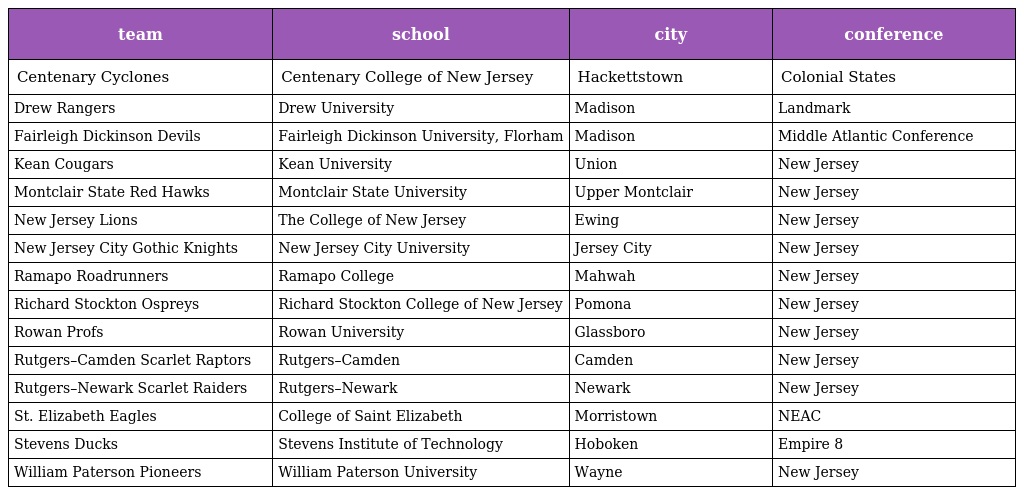
| team | school | city | conference |
 | --- | --- | --- | --- |
 | Centenary Cyclones | Centenary College of New Jersey | Hackettstown | Colonial States |
 | Drew Rangers | Drew University | Madison | Landmark |
 | Fairleigh Dickinson Devils | Fairleigh Dickinson University, Florham | Madison | Middle Atlantic Conference |
 | Kean Cougars | Kean University | Union | New Jersey |
 | Montclair State Red Hawks | Montclair State University | Upper Montclair | New Jersey |
 | New Jersey Lions | The College of New Jersey | Ewing | New Jersey |
 | New Jersey City Gothic Knights | New Jersey City University | Jersey City | New Jersey |
 | Ramapo Roadrunners | Ramapo College | Mahwah | New Jersey |
 | Richard Stockton Ospreys | Richard Stockton College of New Jersey | Pomona | New Jersey |
 | Rowan Profs | Rowan University | Glassboro | New Jersey |
 | Rutgers–Camden Scarlet Raptors | Rutgers–Camden | Camden | New Jersey |
 | Rutgers–Newark Scarlet Raiders | Rutgers–Newark | Newark | New Jersey |
 | St. Elizabeth Eagles | College of Saint Elizabeth | Morristown | NEAC |
 | Stevens Ducks | Stevens Institute of Technology | Hoboken | Empire 8 |
 | William Paterson Pioneers | William Paterson University | Wayne | New Jersey |